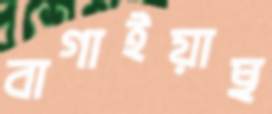
বাগাইয়াছ